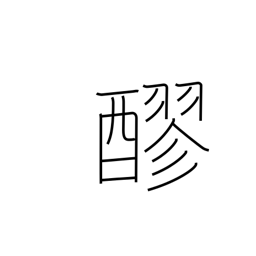
Meaning: unrefined sake or shoyu